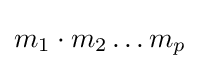
m_{1}\cdot m_{2}\dots m_{p}